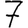
Digit: 7